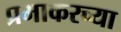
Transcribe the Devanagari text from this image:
प्रभाकरच्या